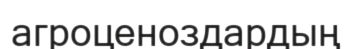
агроценоздардың